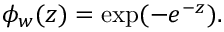
\phi _ { w } ( z ) = \mathrm { e x p } ( - e ^ { - z } ) .